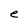
Character: e